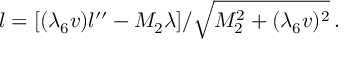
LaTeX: l = [ ( { \lambda _ { 6 } } v ) l ^ { \prime \prime } - M _ { 2 } { \lambda } ] / { \sqrt { M _ { 2 } ^ { 2 } + ( { \lambda _ { 6 } } v ) ^ { 2 } } } \, .